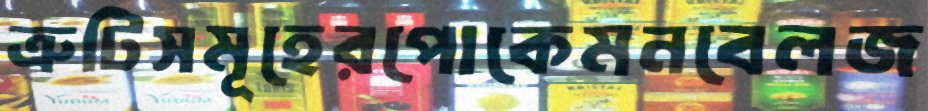
ত্রুটিসমূহেরপোকেমনবেলজ